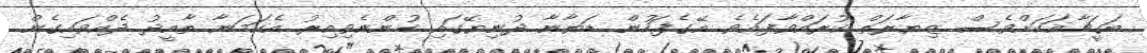
ބަގީޗާއަކަށްވެސް ޒިޔާރަތް ކުރައްވާފައެވެ. އޭގެފަހުން ޑަޔާނާ ދުނިޔޭގައި ހުންނެވިއިރު އެކަމަނާ ތާއީދު ދެއްވައިގެން